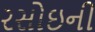
રસોઇની